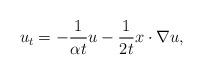
LaTeX: \begin{align*} u_t= - \frac {1} {\alpha t}u - \frac {1} {2t} x\cdot \nabla u ,\end{align*}